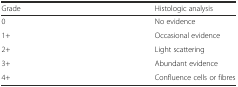
<table><thead><tr><td><b>Grade</b></td><td><b>Histologic analysis</b></td></tr></thead><tbody><tr><td>0</td><td>No evidence</td></tr><tr><td>1+</td><td>Occasional evidence</td></tr><tr><td>2+</td><td>Light scattering</td></tr><tr><td>3+</td><td>Abundant evidence</td></tr><tr><td>4+</td><td>Confluence cells or fibres</td></tr></tbody></table>